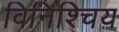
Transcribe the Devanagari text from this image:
विनिश्चिय